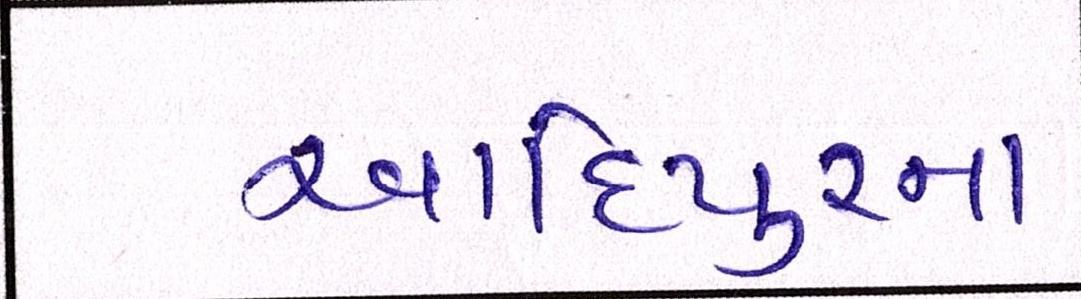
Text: આદિપુરના